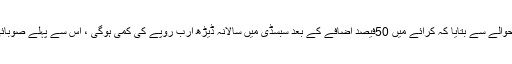
مقامی میڈیا نے محکمہ خزانہ پنجاب کے ذراءع کے حوالے سے بتایا کہ کرائے میں 50فیصد اضافے کے بعد سبسڈی میں سالانہ ڈیڑھ ارب روپے کی کمی ہوگی ، اس سے پہلے صوبائی حکومت سالانہ 9ارب روپے سبسڈی دے رہی تھی ۔